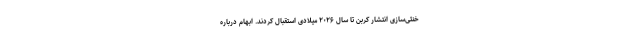
خنثی‌سازی انتشار کربن تا سال ۲۰۲۶ میلادی استقبال کردند. ابهام درباره